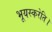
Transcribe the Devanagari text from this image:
भूयस्करेति।